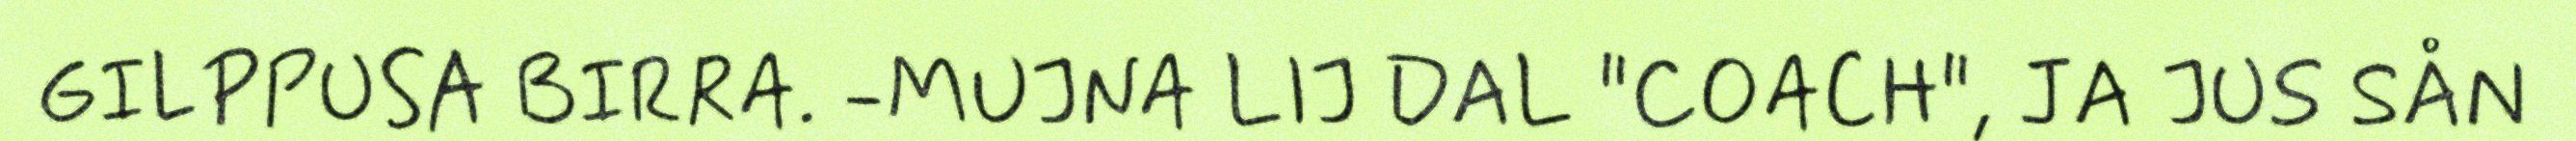
GILPPUSA BIRRA. -MUJNA LIJ DAL "COACH", JA JUS SÅN